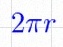
2\pi r